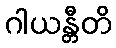
ဂါယန္တီတိ